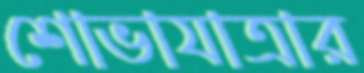
শোভাযাত্রার